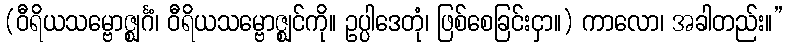
(ဝီရိယသမ္ဗောဇ္ဈင်္ဂံ၊ ဝီရိယသမ္ဗောဇ္ဈင်ကို။ ဥပ္ပါဒေတုံ၊ ဖြစ်စေခြင်းငှာ။) ကာလော၊ အခါတည်း။”